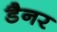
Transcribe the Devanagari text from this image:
डैनर